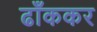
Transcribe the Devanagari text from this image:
ढाँककर